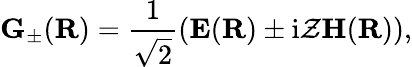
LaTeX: \mathbf G_{\pm}(\mathbf R)=\frac{1}{\sqrt{2}}\left(\mathbf E(\mathbf R)\pm\mathrm{i}\mathcal Z\mathbf H(\mathbf R)\right),